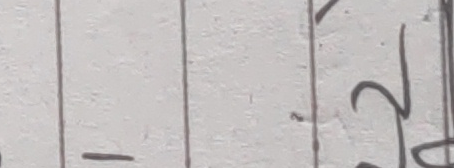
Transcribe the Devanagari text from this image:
- २